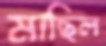
মাছিল